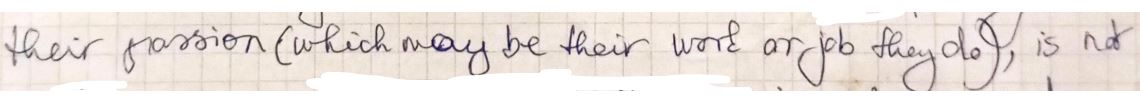
their passion (which may be their work or job they do ), is not